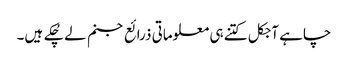
چاہے آجکل کتنے ہی معلوماتی ذرائع جنم لے چُکے ہیں۔